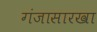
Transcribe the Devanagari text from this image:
गंजासारखा